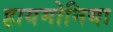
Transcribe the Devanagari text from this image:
हायमोनिया